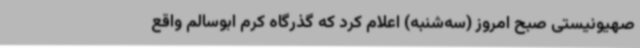
صهیونیستی صبح امروز (سه‌شنبه) اعلام کرد که گذرگاه کرم ابوسالم واقع